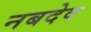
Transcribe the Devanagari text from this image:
नबदेव